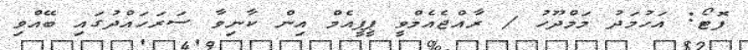
ފޮޓޯ: އަހުމަދު މަމްދޫހު / ރާއްޖެއެމްވީ ޕީޕީއެމް އިން ކާނިވާ ސަރަހައްދުގައި ބޭއްވި